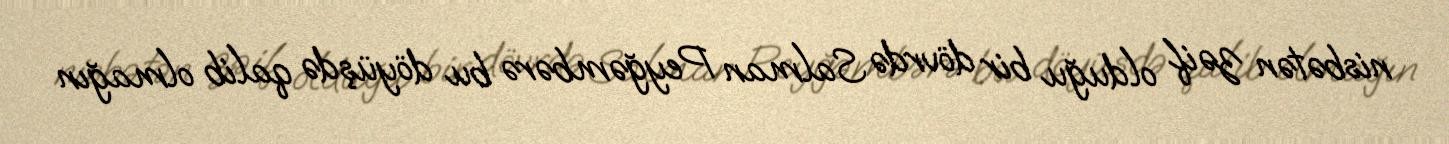
nisbətən zəif olduğu bir dövrdə Salman Peyğəmbərə bu döyüşdə qalib olmağın